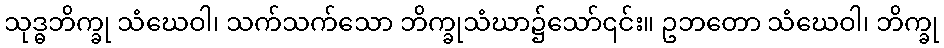
သုဒ္ဓဘိက္ခု သံဃေဝါ၊ သက်သက်သော ဘိက္ခုသံဃာ၌သော်၎င်း။ ဥဘတော သံဃေဝါ၊ ဘိက္ခု